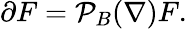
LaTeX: \partial F={\mathcal{P}}_{B}(\nabla)F.